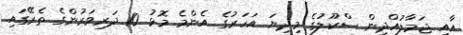
އާއި ޖަމާލުއްދީން ސްކޫލުގެ މިދިޔަ އަހަރުގެ އެންމެ މޮޅު 10 ދަރިވަރުންގެ ތެރޭގައި